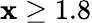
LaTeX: \mathbf{x}\ge1.8